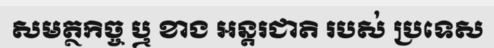
សមត្ថកិច្ច ឬ ខាង អន្តរជាតិ របស់ ប្រទេស